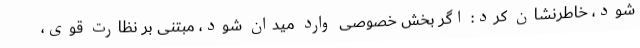
شود، خاطرنشان کرد: اگر بخش خصوصی وارد میدان شود، مبتنی بر نظارت قوی،